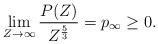
LaTeX: \begin{align*} \lim_{Z \to \infty} \frac{ P(Z) }{Z^{\frac{5}{3}}} = p_\infty \geq 0.\end{align*}